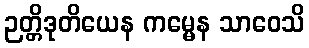
ဉတ္တိဒုတိယေန ကမ္မေန သာဝေသိ